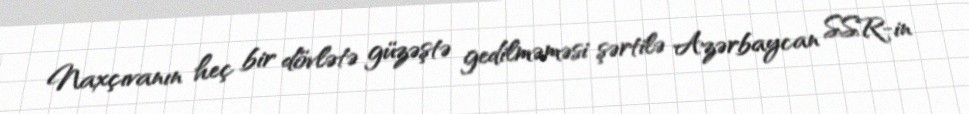
Naxçıvanın heç bir dövlətə güzəştə gedilməməsi şərtilə Azərbaycan SSR-in